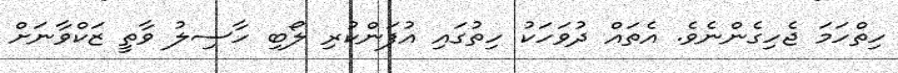
ހިތްހަމަ ޖެހިގެންނެވެ. އެތައް ދުވަހަކު ހިތުގައި އުފަންކުރި ލޯބި ހާސިލު ވާތީ ޒަކްވާނަށް